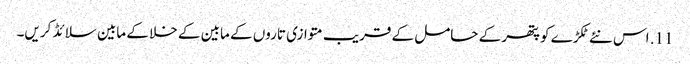
11. اس نئے ٹکڑے کو پتھر کے حامل کے قریب متوازی تاروں کے مابین کے خلا کے مابین سلائڈ کریں۔